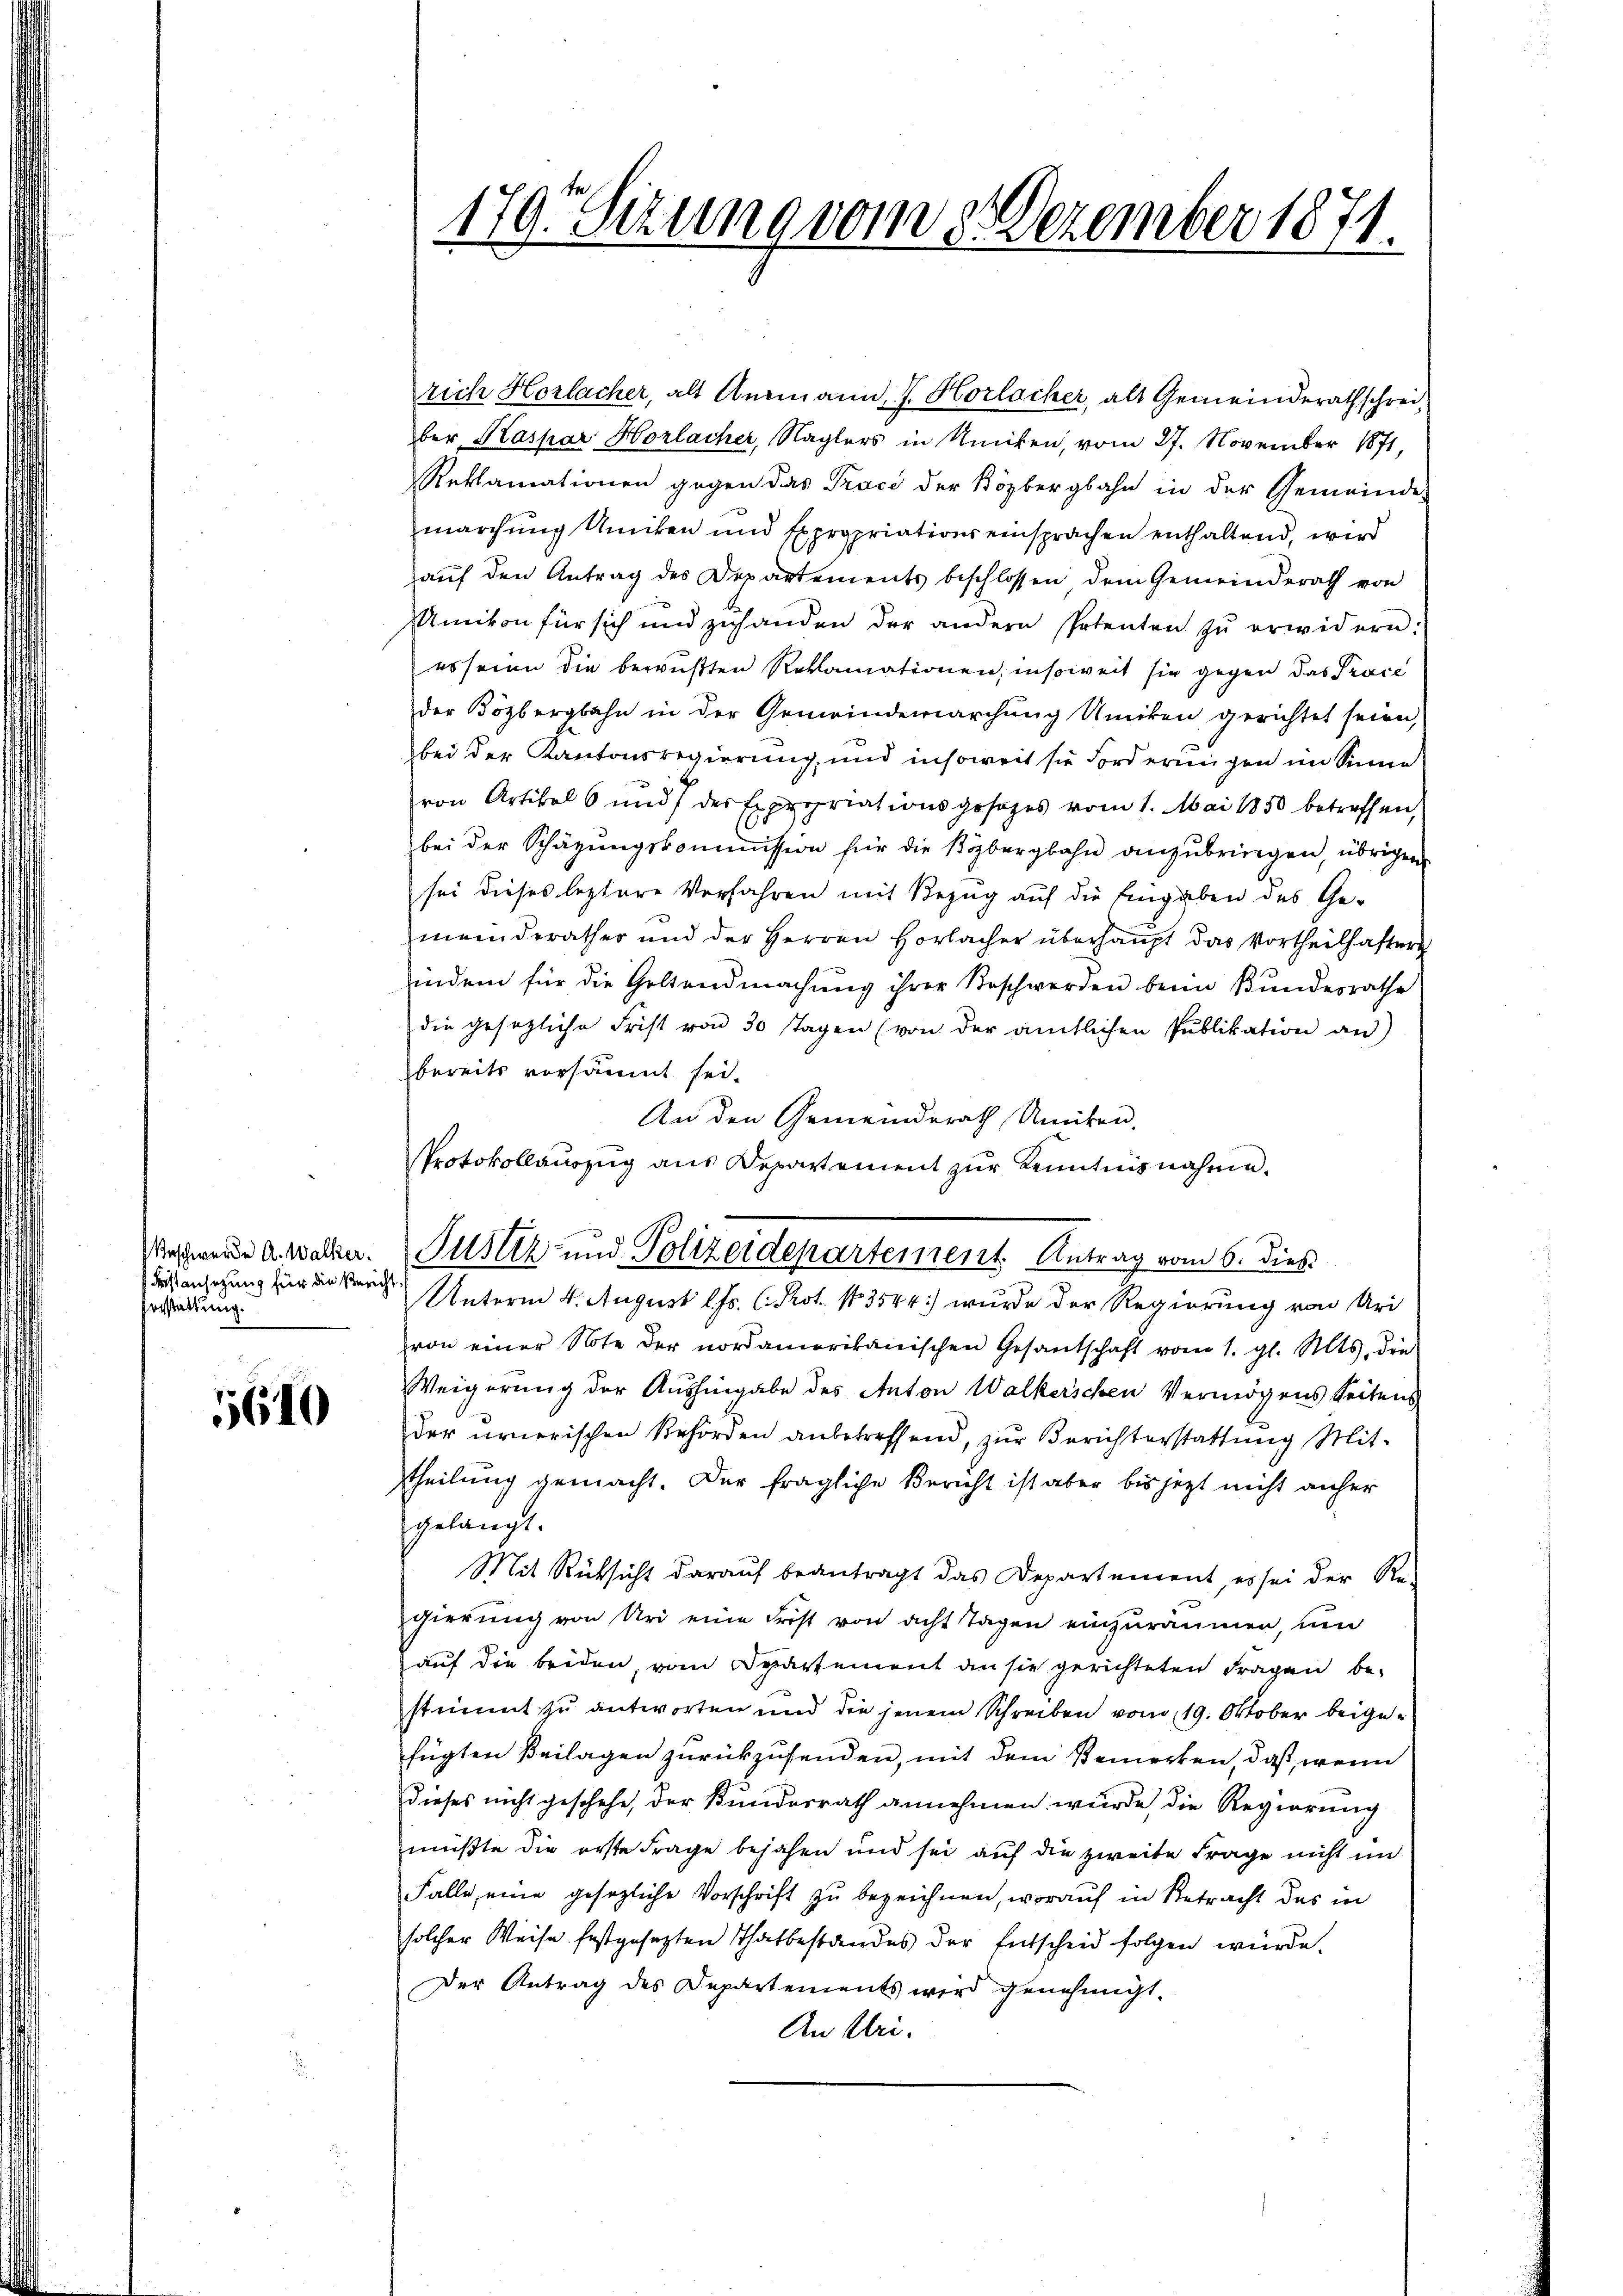
Beschwerde A. Walker.
Fasansetzung für die Bericht
Verstattung.

5610

179. Sezung vom 8. Dezember 1871.

rich Horlacher, alt Ausmann J. Horlacher, als Gemeinderathschreiber Kaspar Horlacher, Naglers in Ricken, vom 27. November 1871,
Reklamationen gegen das Trace der Bözbergbahn in der Gemeinde-
marchŭng Umiken und Expropriationseinsprachen enthaltend, wird
aŭf den Antrag des Departements beschlossen dem Gemeinderath von
Unvon für sich und zuhanden der andern Petenten zŭ erwidern:
es seine die bewußten Reklamationen, insoweit sie gegen das Prace
der Bözbergbahn in der Gemeindemarchung Umiken gerichtet seien,
bei der Kantonsregierung, und insoweit sie Forderungen im Sinne
ron Artikel 6 und der Expropriationsgesetzes vom 1. Mai 1850 betreffen,
bei der Schäzŭngskommission für die Közbergbahn anzŭbringen, übrigen
sei dieses leztere Verfahren mit Bezug auf die Eingaben des Ge-
meinderather und der Herren Horbacher überhaupt das Vortheilhafter
indem für die Geltendmachung ihrer Beschwerden beim Bundesrathe
die gesezliche Frist von 30 Tagen (von der amtlichen Publikation an
bereits versäumt sei.
An den Gemeinderath Unken.
von einer Note der nordamerikanischen Gesandtschaft vom 1. gl. Mts. die
Weigerung der Aushingabe des Anton Walkerschen Vermögens Seitens
der urnerischen Behörden anbetreffend, zur Berichterstattung Mittheilung gemacht. Der fragliche Bericht ist aber bis jetzt nicht anher
gelangt.
Mit Rüksicht darauf beantragt das Departement, es sei der Re-
gierung von Uri eine Frist von acht Tagen einzuräumen, um
auf die beiden, vom Departement an sie gerichteten Fragen bestimmt zu antworten und die jenem Schreiben vom 19. Oktober beigefügten Beilagen zurückzusenden, mit dem Bemerken, daß, wenn
dieses nicht geschehe, der Bundesrath annehmen wurde, die Regierung
müßte die erste Frage bejahen und sei auf die zweite Frage nicht un
Falle, eine gesezliche Vorschrift zu bezeichnen, worauf in Betracht das in
solcher Weise festgesezten Thatbestandes der Entscheid folgen würde.
Der Antrag des Departements wird genehmigt,
An Uri.

Protokollauszug aus Departement zur Kenntnisnahme.
Justiz- und Polizeidepartement Antrag vom 6. dies
Unterm 4. August l. Js. C. Prot. N. 3544) wurde der Regierung von Uri